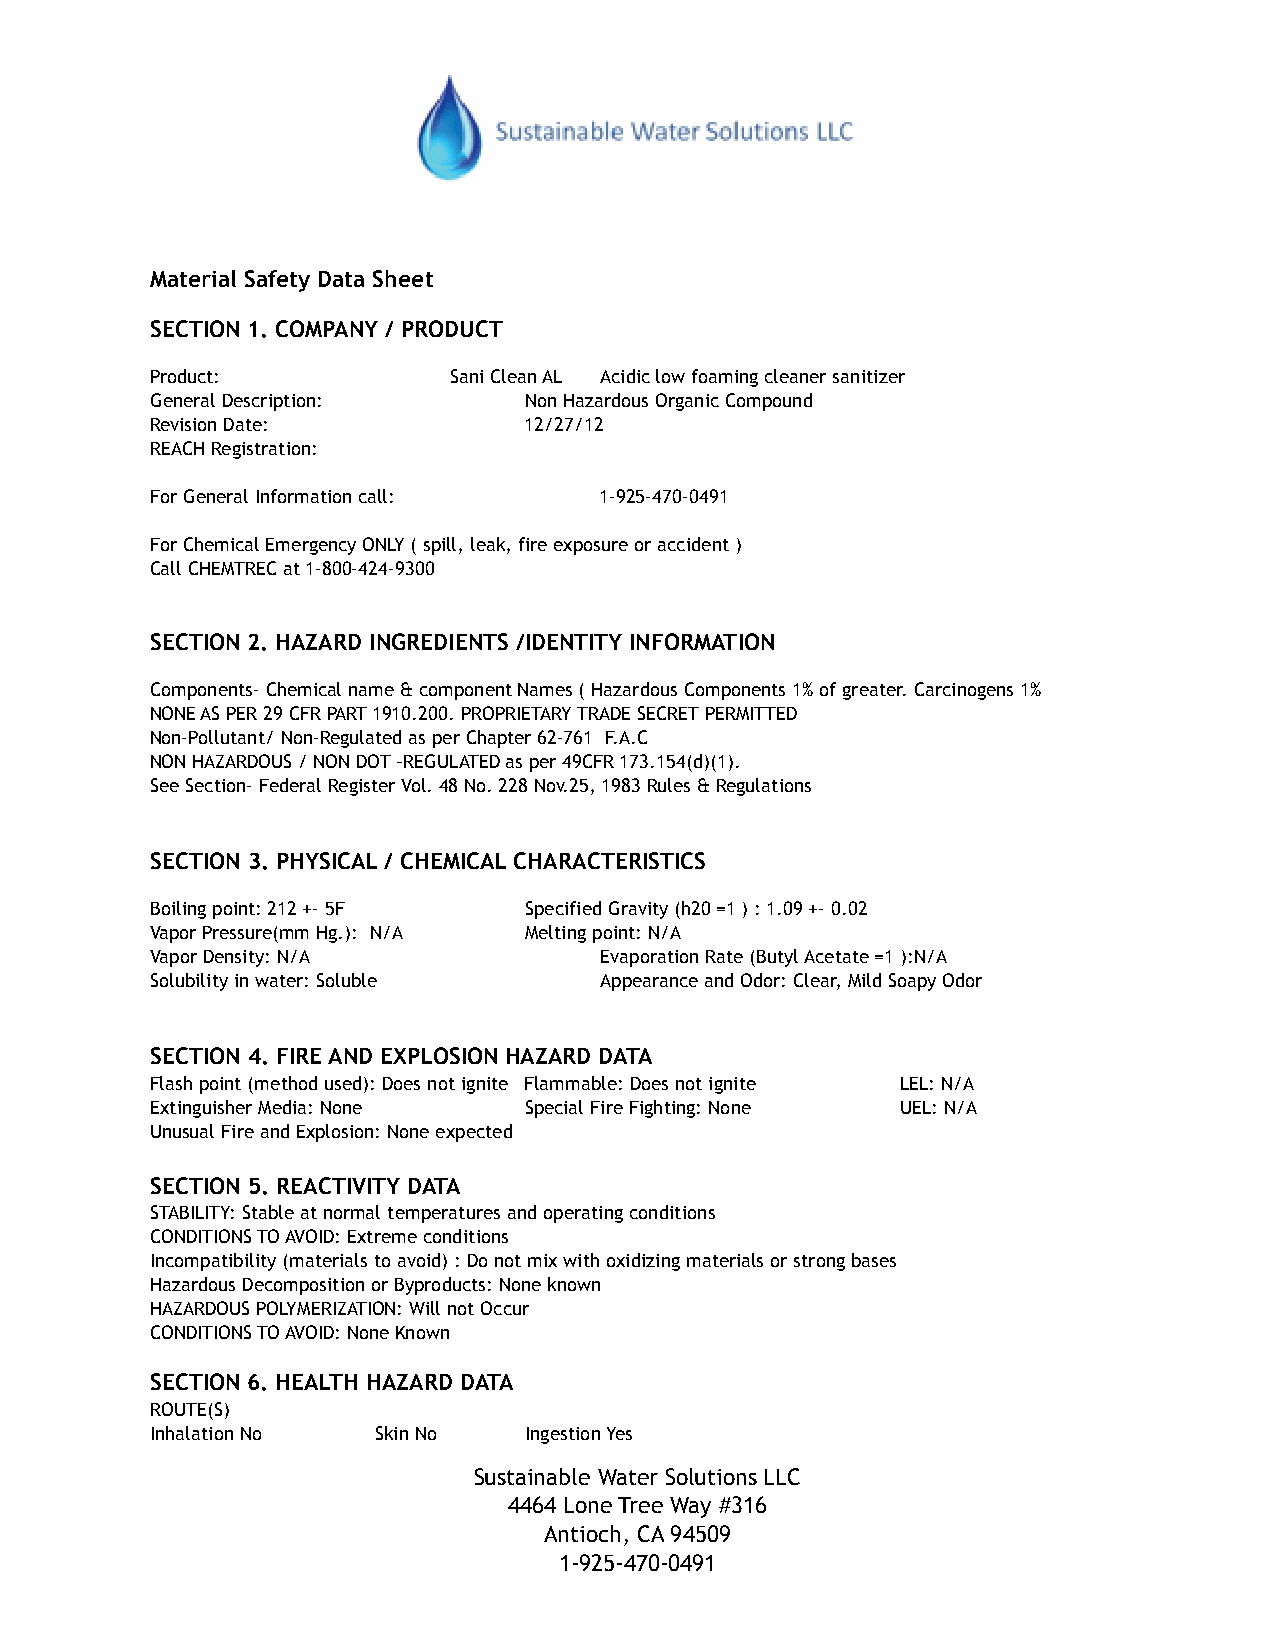
!                !
 !
 Material Safety Data Sheet
 SECTION 1. COMPANY / PRODUCT
 Product:            Sani Clean AL Acidic low foaming cleaner sanitizer
 General Description:     Non Hazardous Organic Compound
 Revision Date:           12/27/12
 R!EACH Registration:
 F!or General Information call: 1-925-470-0491
 For Chemical Emergency ONLY ( spill, leak, fire exposure or accident )
 C!all CHEMTREC at 1-800-424-9300
 !
 SECTION 2. HAZARD INGREDIENTS /IDENTITY INFORMATION
 Components- Chemical name & component Names ( Hazardous Components 1% of greater. Carcinogens 1%
 NONE AS PER 29 CFR PART 1910.200. PROPRIETARY TRADE SECRET PERMITTED
 Non-Pollutant/ Non-Regulated as per Chapter 62-761 F.A.C
 NON HAZARDOUS / NON DOT –REGULATED as per 49CFR 173.154(d)(1).
 S!ee Section- Federal Register Vol. 48 No. 228 Nov.25, 1983 Rules & Regulations
 SECTION 3. PHYSICAL / CHEMICAL CHARACTERISTICS
 Boiling point: 212 +- 5F Specified Gravity (h20 =1 ) : 1.09 +- 0.02
 Vapor Pressure(mm Hg.): N/A Melting point: N/A
 Vapor Density: N/A            Evaporation Rate (Butyl Acetate =1 ):N/A
 S!olubility in water: Soluble Appearance and Odor: Clear, Mild Soapy Odor
 SECTION 4. FIRE AND EXPLOSION HAZARD DATA
 Flash point (method used): Does not ignite Flammable: Does not ignite LEL: N/A
 Extinguisher Media: None Special Fire Fighting: None UEL: N/A
 U!nusual Fire and Explosion: None expected
 SECTION 5. REACTIVITY DATA
 STABILITY: Stable at normal temperatures and operating conditions
 CONDITIONS TO AVOID: Extreme conditions
 Incompatibility (materials to avoid) : Do not mix with oxidizing materials or strong bases
 Hazardous Decomposition or Byproducts: None known
 HAZARDOUS POLYMERIZATION: Will not Occur
 C!ONDITIONS TO AVOID: None Known
 SECTION 6. HEALTH HAZARD DATA
 ROUTE(S)
 Inhalation No  Skin No   Ingestion Yes
 Sustainable Water Solutions LLC
 4464 Lone Tree Way #316
 Antioch, CA 94509
 1-925-470-0491